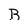
Character: B